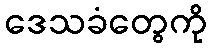
ဒေသခံတွေကို